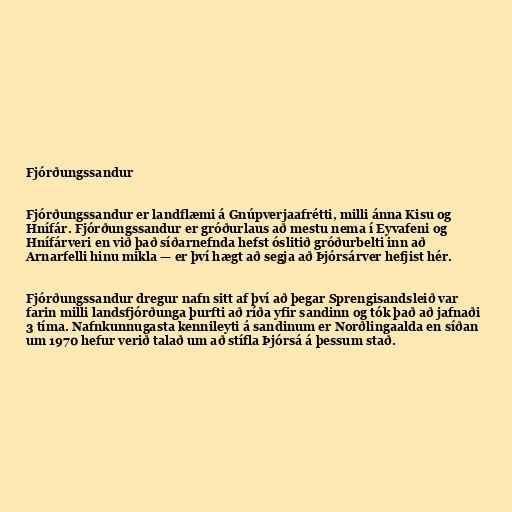
Fjórðungssandur

Fjórðungssandur er landflæmi á Gnúpverjaafrétti, milli ánna Kisu og
Hnífár. Fjórðungssandur er gróðurlaus að mestu nema í Eyvafeni og
Hnífárveri en við það síðarnefnda hefst óslitið gróðurbelti inn að
Arnarfelli hinu mikla — er því hægt að segja að Þjórsárver hefjist hér.

Fjórðungssandur dregur nafn sitt af því að þegar Sprengisandsleið var
farin milli landsfjórðunga þurfti að ríða yfir sandinn og tók það að jafnaði
3 tíma. Nafnkunnugasta kennileyti á sandinum er Norðlingaalda en síðan
um 1970 hefur verið talað um að stífla Þjórsá á þessum stað.